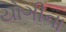
યોગીના